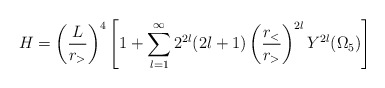
\begin{align*}H=\left(\frac {L}{r_>}\right)^4\left[1+\sum\limits_{l=1}^\infty2^{2l}(2l+1)\left(\frac{r_<}{r_>}\right)^{2l}Y^{2l}(\Omega_5)\right]\end{align*}